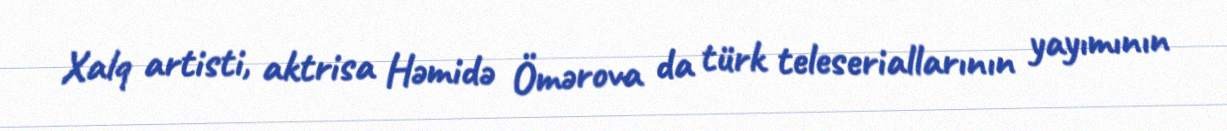
Xalq artisti, aktrisa Həmidə Ömərova da türk teleseriallarının yayımının